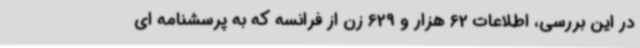
در این بررسی، اطلاعات 62 هزار و 629 زن از فرانسه که به پرسشنامه ای